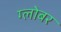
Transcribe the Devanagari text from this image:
ग्लोबर